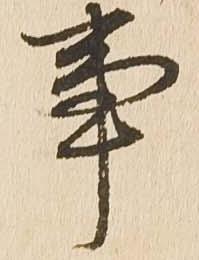
事